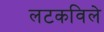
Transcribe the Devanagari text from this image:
लटकविले